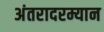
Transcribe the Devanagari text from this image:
अंतरादरम्यान